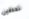
تحدقين